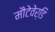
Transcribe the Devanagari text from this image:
मौटेवेर्डि